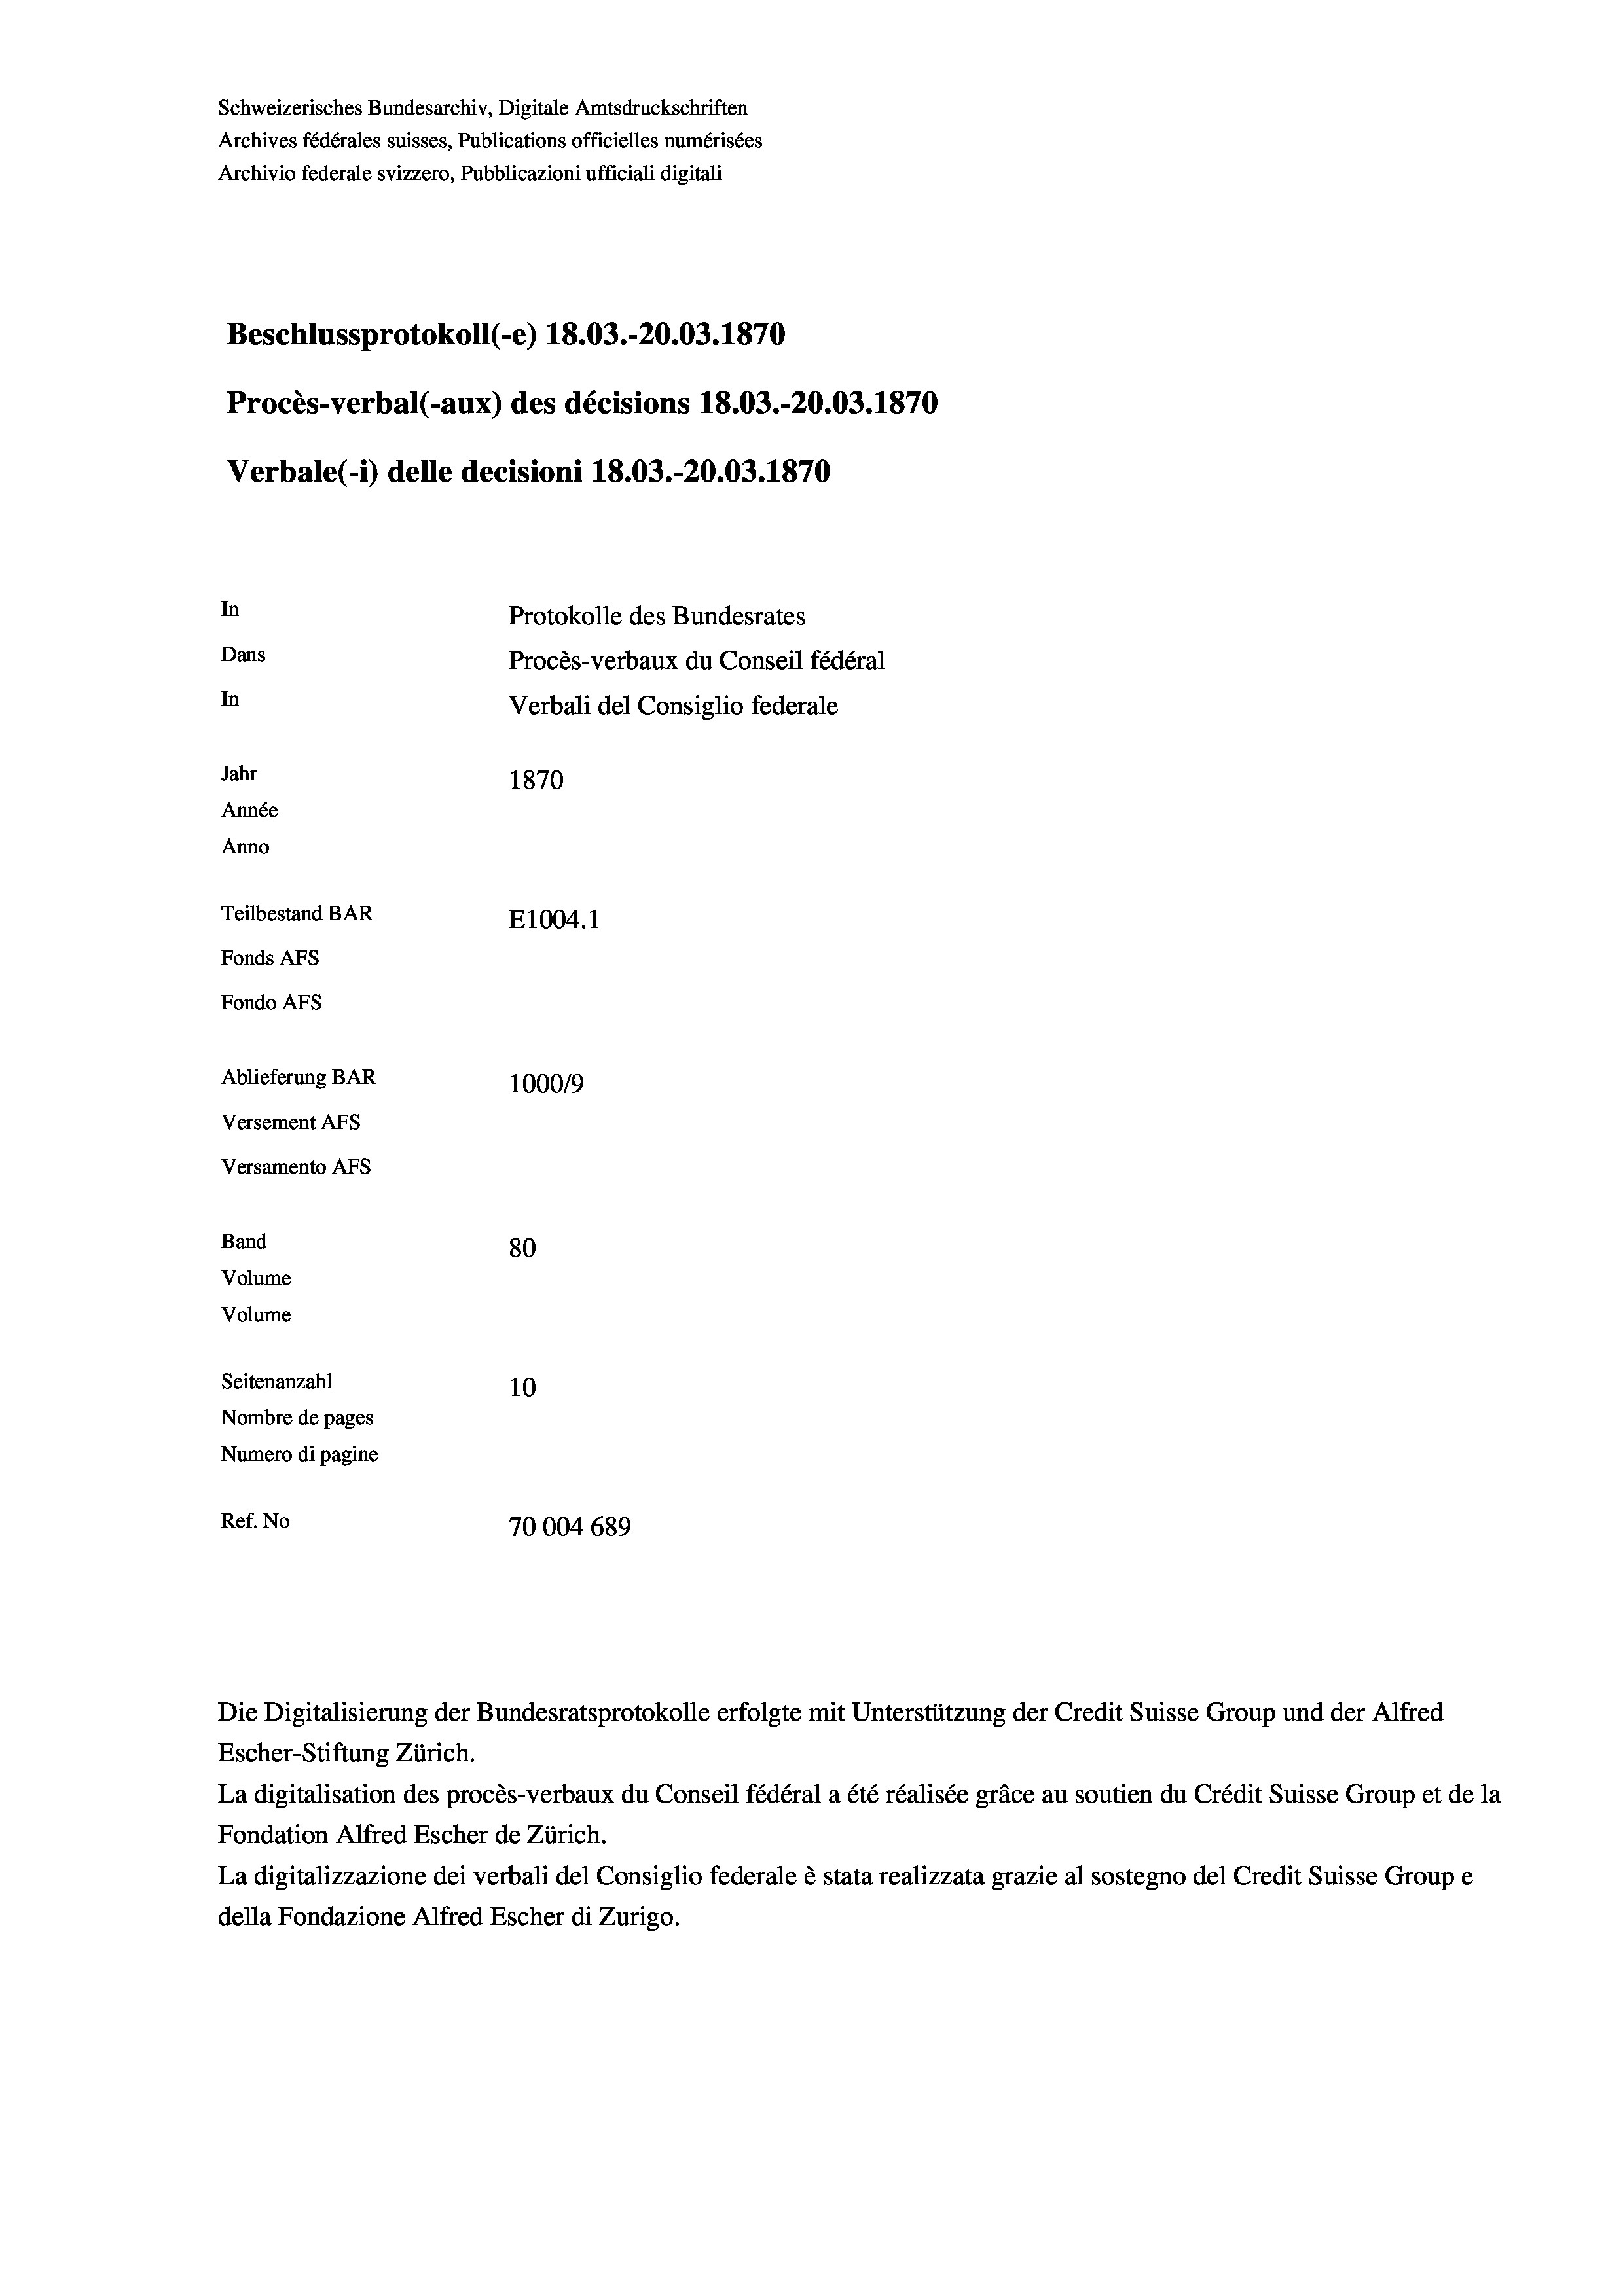
Schweizerisches Bundesarchiv, Digitale Amtsdruckschriften
Archives fédérales suisses, Publications officielles numérisées
Archivio federale svizzero, Pubblicazioni ufficiali digitali
Beschlussprotokoll (-e) 18.03.-20.03. 1870
Procès-verbal (-aux) des décisions 18.03.-20.03. 1870
Verbale(-*) delle decisioni 18.03.-20.03. 1870
In
Protokolle des Bundesrates
Dans
Procès-verbaux du Conseil fédéral
In
Verbali del Consiglio federale
Jahr
1870
Année
Anno
Teilbestand BAR
E1004.1
Fonds AFs
Fondo AFS
Ablieferung BAR
100019
Versement AFs
Versamento AFs

80
Seitenanzahl
10
Nombre de pages
Numero di pagine
Ref. No
70004689

Band
Volume
Volume

Escher-Stiftung Zürich.
La digitalisation des procès-verbaux du Conseil fédéral a été réalisée gräce au soutien du Crédit Suisse Group et de la
Fondation Alfred Escher de Zürich.
La digitalizzazione dei verbali del Consiglio federale è stata realizzata grazie al sostegno del Credit Suisse Groupe
della Fondazione Alfred Escher di Zurigo.

Die Digitalisierung der Bundesratsprotokolle erfolgte mit Unterstützung der Credit Suisse Group und der Alfred